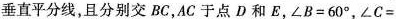
垂直平分线，且分别交BC，AC于点D和E，$$∠ B = 6 0 °$$，$$∠ C =